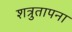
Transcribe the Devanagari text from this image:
शत्रुतापना